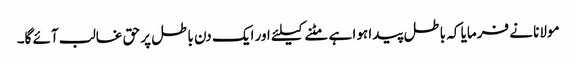
مولانا نے فرمایا کہ باطل پیدا ہوا ہے مٹنے کیلئے اور ایک دن باطل پر حق غالب آئے گا۔